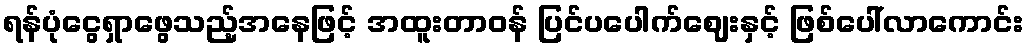
ရန်ပုံငွေရှာဖွေသည့်အနေဖြင့် အထူးတာဝန် ပြင်ပပေါက်ဈေးနှင့် ဖြစ်ပေါ်လာကောင်း